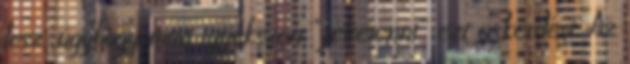
lesz, úgyhogy most igyekszen “félretenni” ezt a kérdést. Az